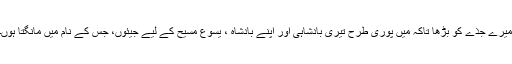
میرے جذے کو بڑھا تاکہ میں پوری طرح تیری بادشاہی اور اپنے بادشاہ ، یسوع مسیح کے لیے جیئوں، جس کے نام میں مانگتا ہوں۔